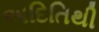
અદિતિથી